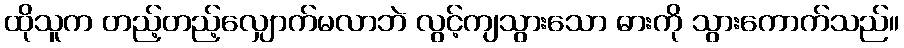
ထိုသူက တည့်တည့်လျှောက်မလာဘဲ လွင့်ကျသွားသော ဓားကို သွားကောက်သည်။